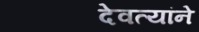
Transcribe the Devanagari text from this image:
देवत्यांने